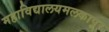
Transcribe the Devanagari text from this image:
महाविद्यालयमलकापूर